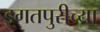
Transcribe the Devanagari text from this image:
इगतपुरीच्या